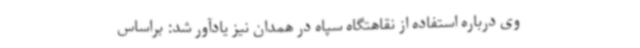
وی درباره استفاده از نقاهتگاه سپاه در همدان نیز یادآور شد: براساس